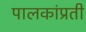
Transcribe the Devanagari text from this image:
पालकांप्रती